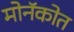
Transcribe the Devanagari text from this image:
मोनॅकोत